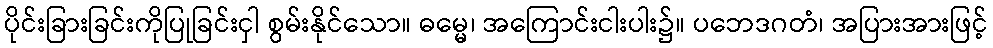
ပိုင်းခြားခြင်းကိုပြုခြင်းငှါ စွမ်းနိုင်သော။ ဓမ္မေ၊ အကြောင်းငါးပါး၌။ ပဘေဒဂတံ၊ အပြားအားဖြင့်